Vaccination in the Punjab 1867-1880 - 1867-1880
Year: 1867
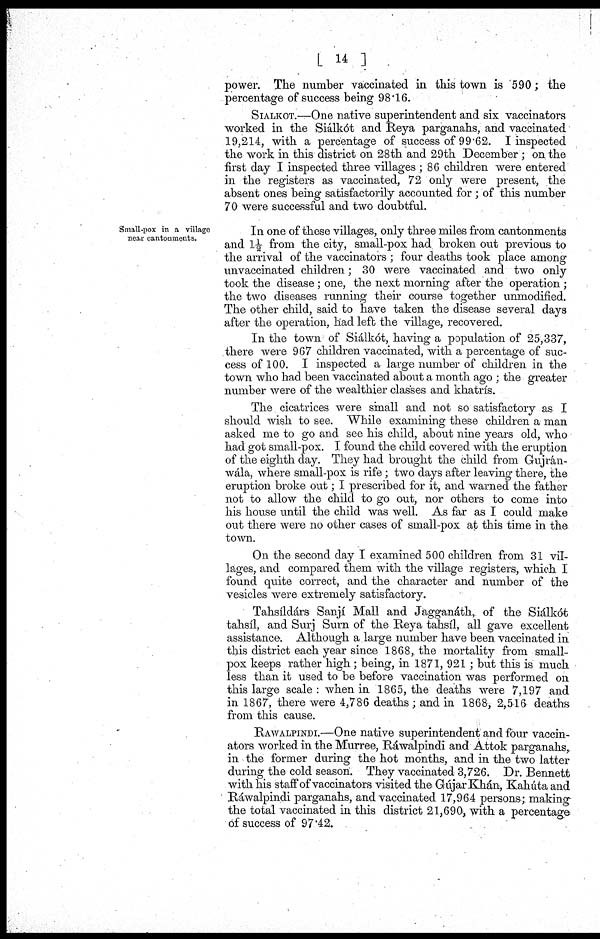
[ 14 ]
power. The number vaccinated in this town is 590; the
percentage of success being 98.16.
SIALKOT.—One native superintendent and six vaccinators
worked in the Siálkót and Reya parganahs, and vaccinated
19,214, with a percentage of success of 99.62. I inspected
the work in this district on 28th and 29th December ; on the
first day I inspected three villages ; 86 children were entered
in the registers as vaccinated, 72 only were present, the
absent ones being satisfactorily accounted for ; of this number
70 were successful and two doubtful.
Small-pox in a village
near cantonments.
In one of these villages, only three miles from cantonments
and 1½ from the city, small-pox had broken out previous to
the arrival of the vaccinators ; four deaths took place among
unvaccinated children; 30 were vaccinated and two only
took the disease;one, the next morning after the operation ;
the two diseases running their course together unmodified.
The other child, said to have taken the disease several days
after the operation, had left the village, recovered.
In the town of Siálkót, having a population of 25,337,
there were 967 children vaccinated, with a percentage of suc¬
cess of 100. I inspected a large number of children in the
town who had been vaccinated about a month ago ; the greater
number were of the wealthier classes and khatrís.
The cicatrices were small and not so satisfactory as I
should wish to see. While examining these children a man
asked me to go and see his child, about nine years old, who
had got small-pox. I found the child covered with the eruption
of the eighth day. They had brought the child from Gujrán-
wála, where small-pox is rife; two days after leaving there, the
eruption broke out; I prescribed for it, and warned the father
not to allow the child to go out, nor others to come into
his house until the child was well. As far as I could make
out there were no other cases of small-pox at this time in the
town.
On the second day I examined 500 children from 31 vil¬
lages, and compared them with the village registers, which I
found quite correct, and the character and number of the
vesicles were extremely satisfactory.
Tahsíldárs Sanjí Mall and Jagganáth, of the Siálkót
tahsíl, and Surj Surn of the Reya tahsíl, all gave excellent
assistance. Although a large number have been vaccinated in
this district each year since 1868, the mortality from small-
pox keeps rather high; being, in 1871, 921 ; but this is much
less than it used to be before vaccination was performed on
this large scale : when in 1865, the deaths were 7,197 and
in 1867, there were 4,786 deaths ; and in 1868, 2,516 deaths
from this cause.
RAWALPINDI.—One native superintendent and four vaccin¬
ators worked in the Murree, Ráwalpindi and Attok parganahs,
in the former during the hot months, and in the two latter
during the cold season. They vaccinated 3,726. Dr. Bennett
with his staff of vaccinators visited the Gújar Khán, Kahúta and
Ráwalpindi parganahs, and vaccinated 17,964 persons; making
the total vaccinated in this district 21,690, with a percentage
of success of 97.42.